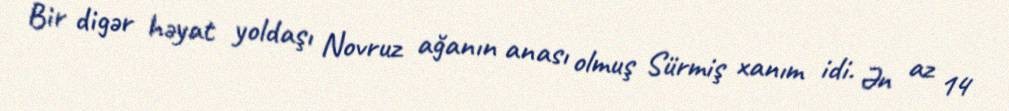
Bir digər həyat yoldaşı Novruz ağanın anası olmuş Sürmiş xanım idi. Ən az 14